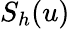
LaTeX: S_{h}(u)